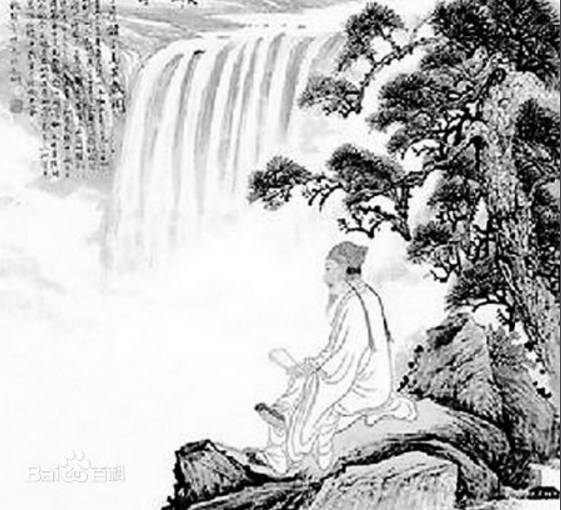
流芳未及歇，遗挂犹在壁。